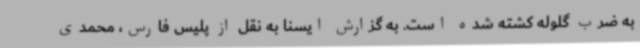
به ضرب گلوله کشته شده است. به گزارش ایسنا به نقل از پلیس فارس، محمدی